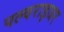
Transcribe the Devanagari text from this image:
पल्वराइजर